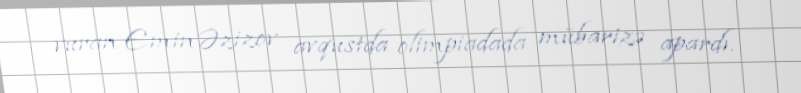
vuran Emin Əzizov avqustda olimpiadada mübarizə apardı.